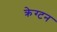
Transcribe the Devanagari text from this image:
क्रेग्टन